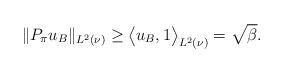
LaTeX: \begin{align*}\|P_\pi u_B \|_{L^2(\nu)} \geq \big\langle u_B, 1 \big\rangle_{L^2(\nu)} = \sqrt{\beta}.\end{align*}